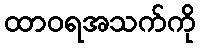
ထာဝရအသက်ကို